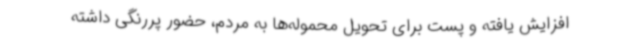
افزایش یافته و پست برای تحویل محموله‌ها به مردم، حضور پررنگی داشته